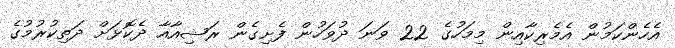
އެހެންކަމުން އެމެރިކާއިން މިމަހުގެ 22 ވަނަ ދުވަހުން ފެށިގެން ރަޝިއާއާ ދެކޮޅަށް ދަތިކުރުމުގެ